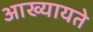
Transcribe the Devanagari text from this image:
आख्यायते